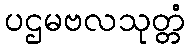
ပဌမဗလသုတ္တံ